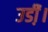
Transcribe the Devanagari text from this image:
उडी़ं।